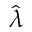
\hat { \lambda }